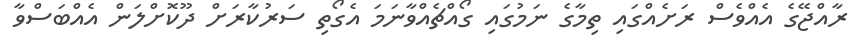
ރާއްޖޭގެ އެއްވެސް ރަށެއްގައި ތިމާގެ ނަމުގައި ގޯއްޗެއްވާނަމަ އެގޯތި ސަރުކާރަށް ދޫކޮށްލަން އެއްބަސްވާ